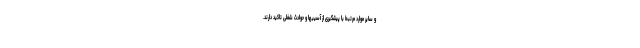
و سایر موارد مرتبط با پیشگیری از آسیبها و حوادث شغلی تاکید دارند.